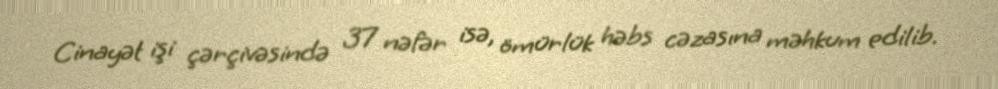
Cinayət işi çərçivəsində 37 nəfər isə, ömürlük həbs cəzasına məhkum edilib.